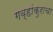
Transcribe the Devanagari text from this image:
गव्हांकुराचा